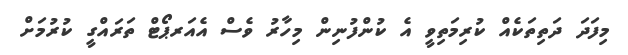
މިފަދަ ދަތިތަކެއް ކުރިމަތިވީ އެ ކުންފުނިން މިހާރު ވެސް އެއަރޕޯޓް ތަރައްގީ ކުރުމަށް